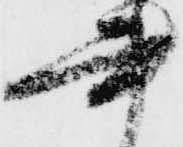
書